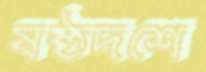
ষষ্ঠদশে